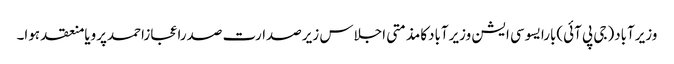
وزیرآباد(جی پی آئی)بارایسوسی ایشن وزیرآبادکامذمتی اجلاس زیرصدارت صدراعجازاحمدپرویامنعقد ہوا۔